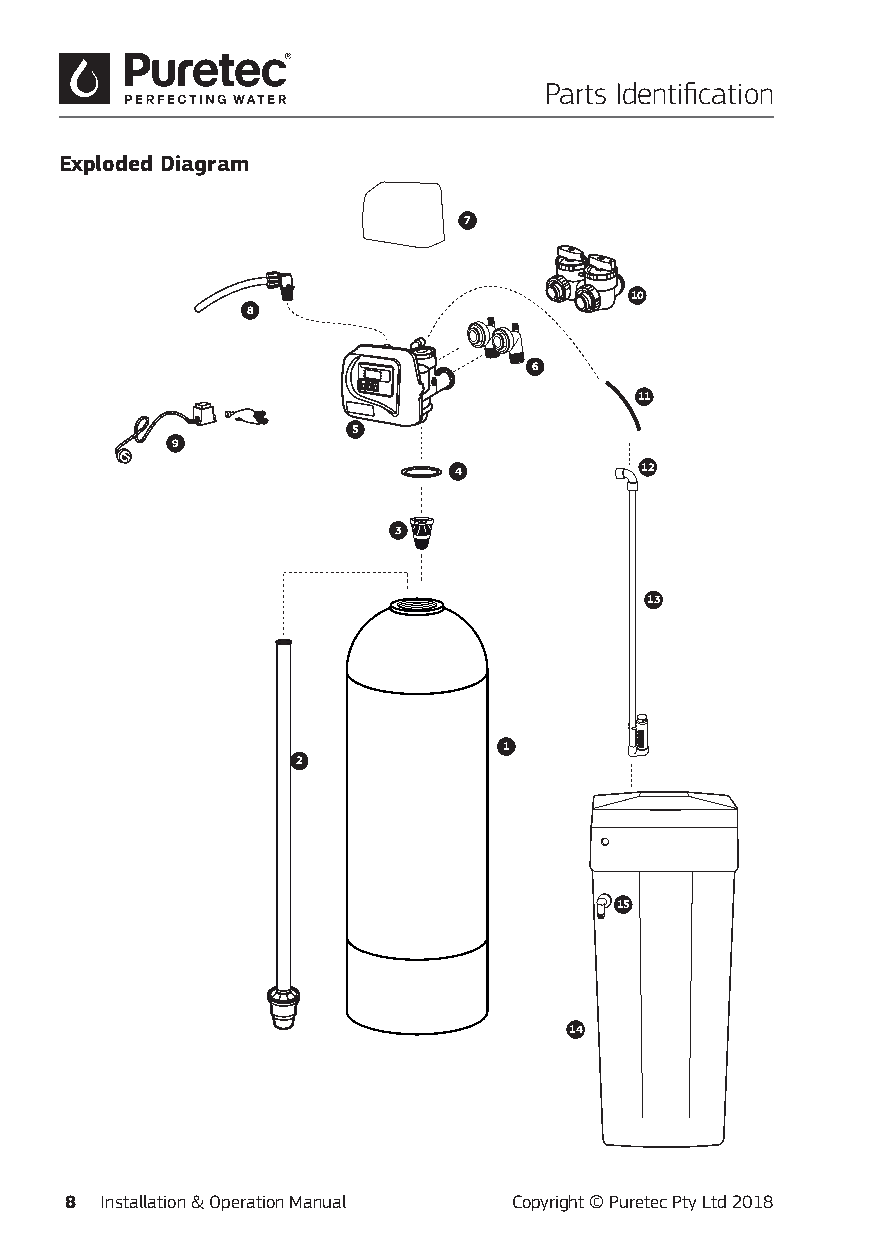
Parts Identification
 Exploded Diagram
 7
 10
 8
 6
 11
 5
 9
 4           12
 3
 13
 1
 2
 15
 14
 8  Installation & Operation Manual Copyright © Puretec Pty Ltd 2018